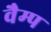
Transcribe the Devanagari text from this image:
वैम्प